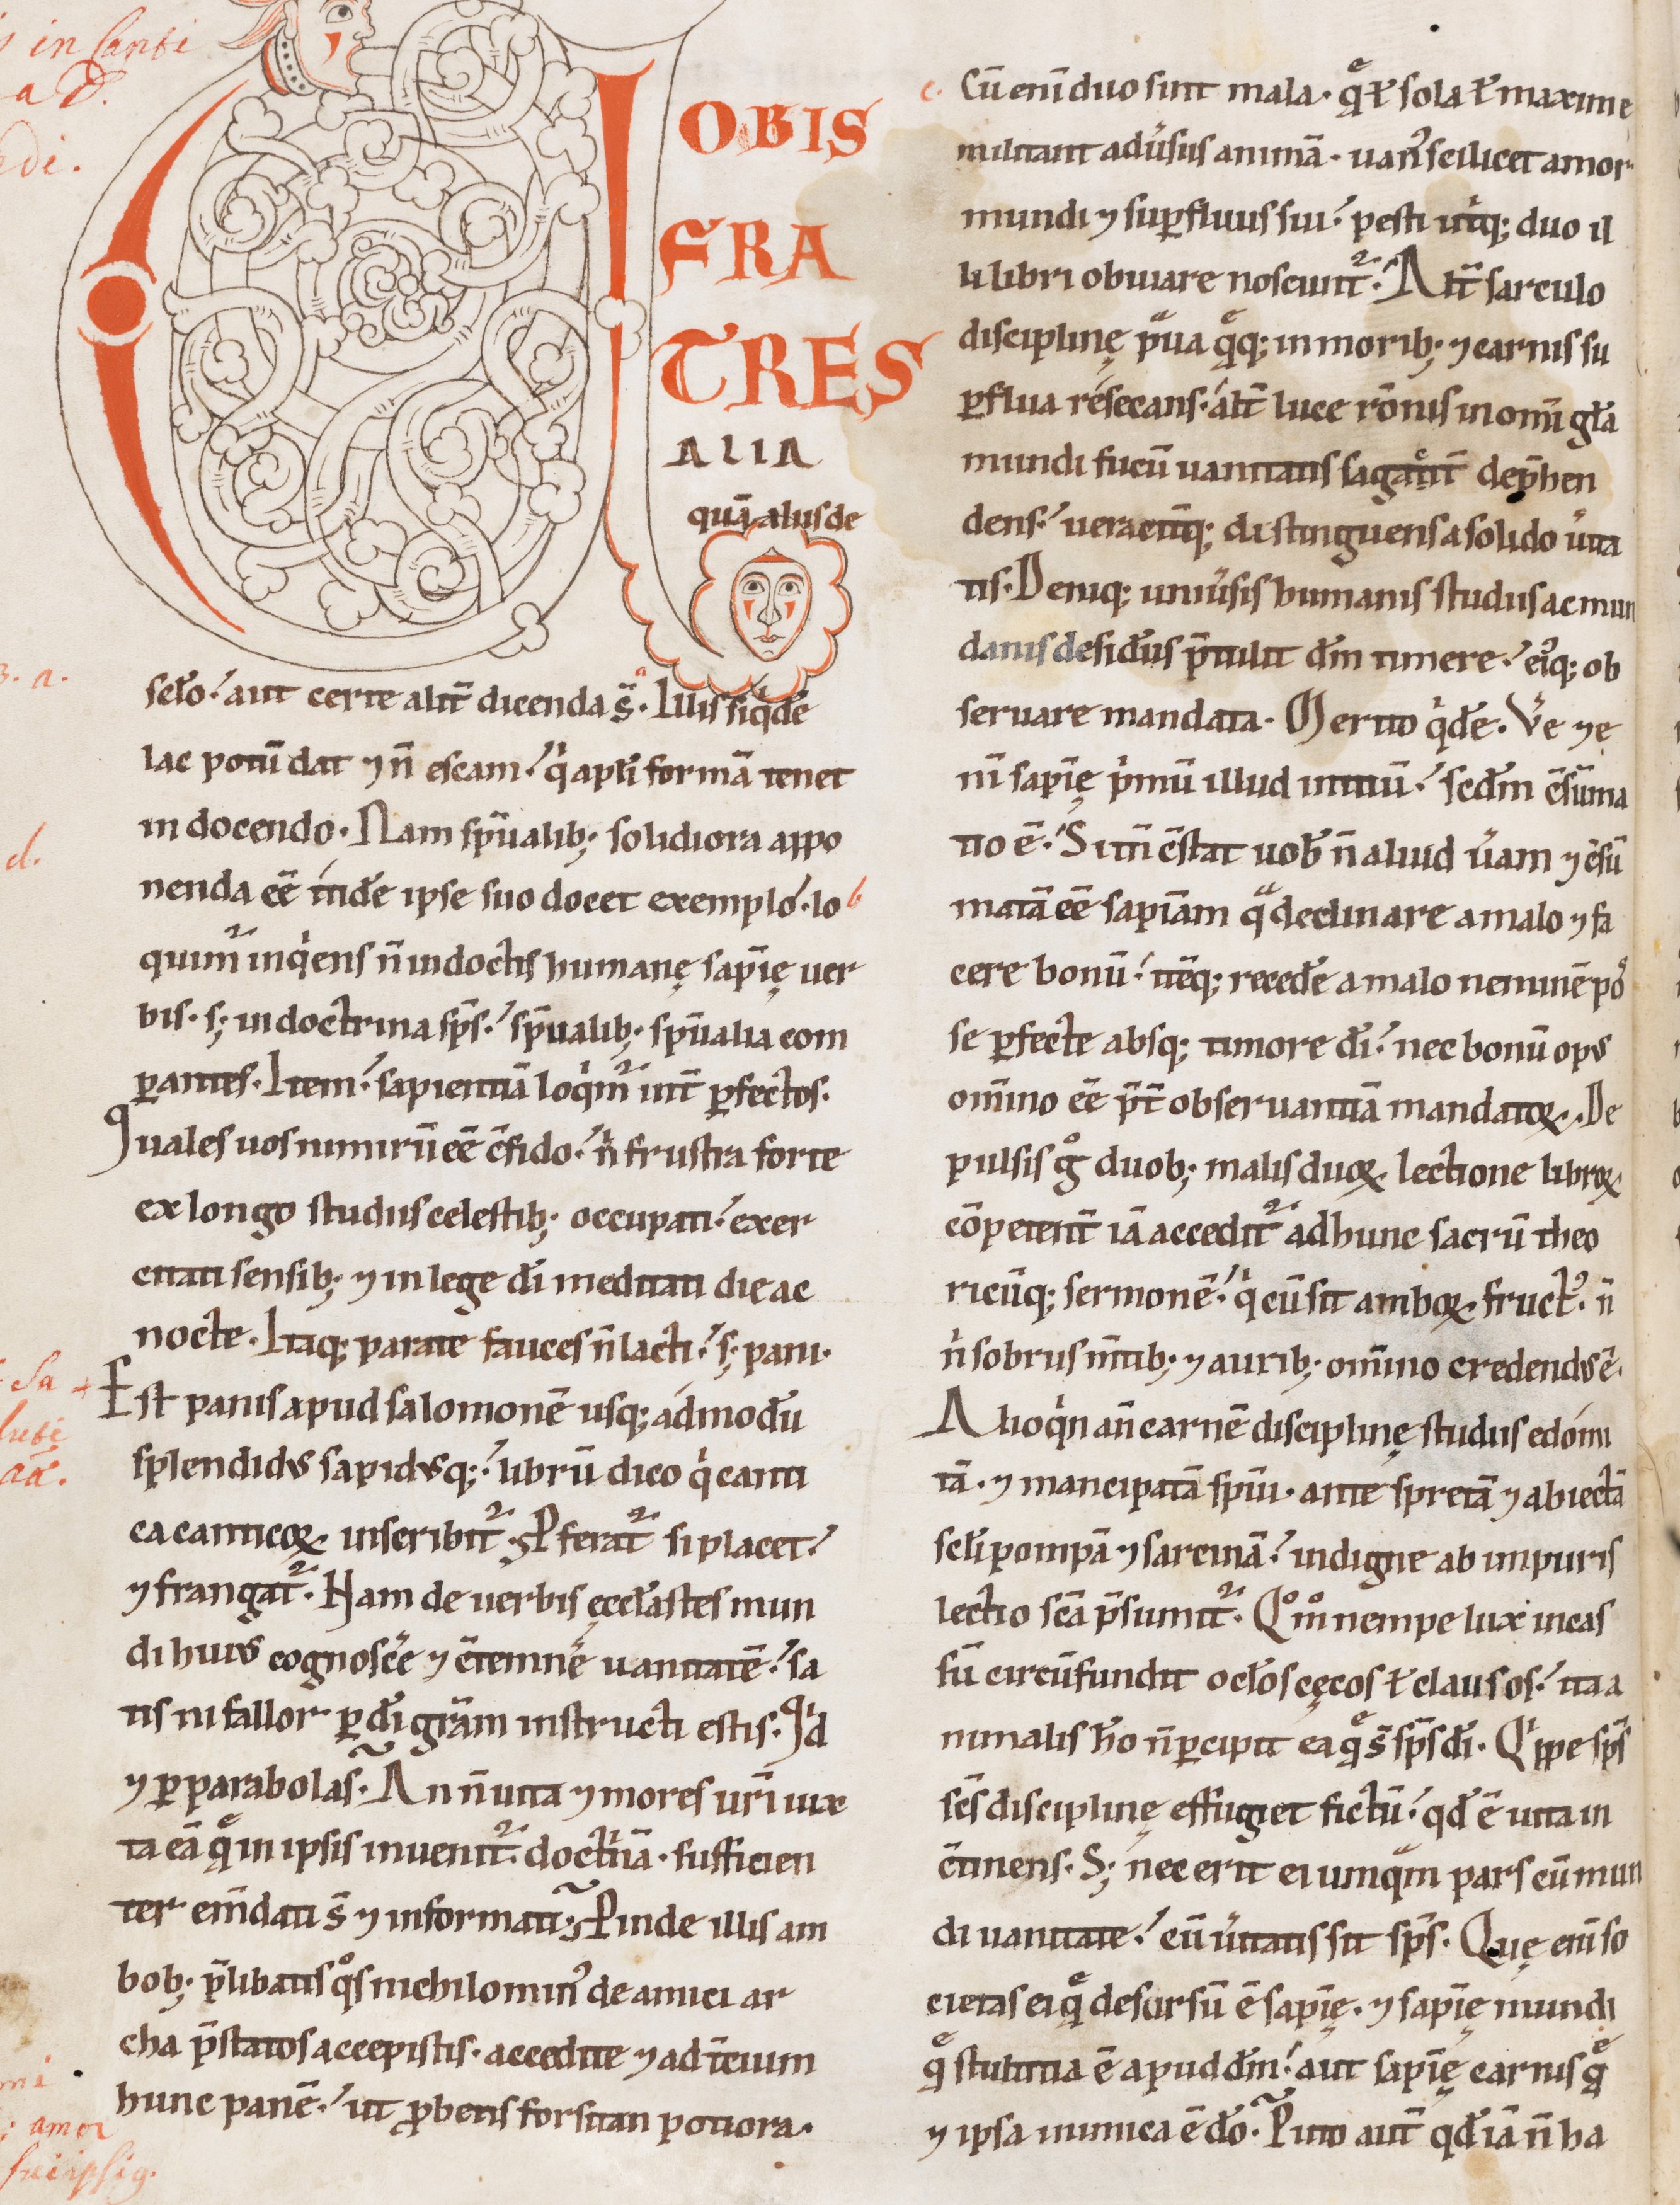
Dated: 1100–1199